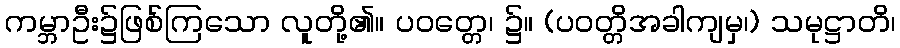
ကမ္ဘာဦး၌ဖြစ်ကြသော လူတို့၏။ ပဝတ္တေ၊ ၌။ (ပဝတ္တိအခါကျမှ၊) သမုဋ္ဌာတိ၊